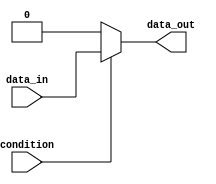
module basic_if_else (
    input wire condition,
    input wire data_in,
    output reg data_out
);

    // Basic if-else statement
    always @ (*) begin
        if (condition) begin
            // If condition is true, execute this block of code
            data_out <= data_in;
        end else begin
            // If condition is false, execute this block of code
            data_out <= 0;
        end
    end

endmodule